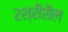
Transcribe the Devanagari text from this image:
२श्रीशैल